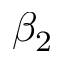
\beta _ { 2 }